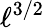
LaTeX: \ell^{3/2}